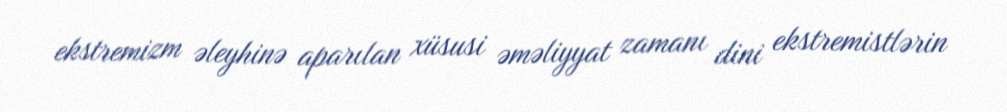
ekstremizm əleyhinə aparılan xüsusi əməliyyat zamanı dini ekstremistlərin